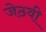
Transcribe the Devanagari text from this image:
जेठवी